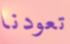
تعودنا